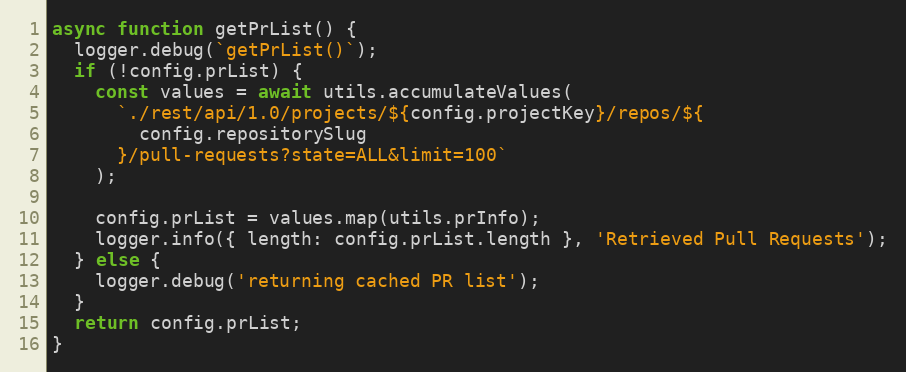
Language: JavaScript
async function getPrList() {
  logger.debug(`getPrList()`);
  if (!config.prList) {
    const values = await utils.accumulateValues(
      `./rest/api/1.0/projects/${config.projectKey}/repos/${
        config.repositorySlug
      }/pull-requests?state=ALL&limit=100`
    );

    config.prList = values.map(utils.prInfo);
    logger.info({ length: config.prList.length }, 'Retrieved Pull Requests');
  } else {
    logger.debug('returning cached PR list');
  }
  return config.prList;
}